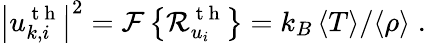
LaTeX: {{\left|u_{k,i}^{\mathrm{~t~h~}}\right|}^{2}}=\mathcal{F}\left\{ \mathcal{R}_{{{u}_{i}}}^{\mathrm{~t~h~}}\right\} ={{{k}_{B}}\left\langle T\right\rangle}/{\left\langle\rho\right\rangle}\; .